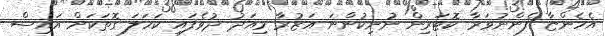
އެހެންޏާ ފެންނުވަރާ ކޮޓަރިން ނުނިކުންނަ އަޒުރާ މިއަދު ދުވެފައި ކަހަލަ ގޮތަކަށް އައިސް